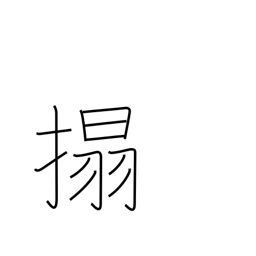
Meaning: rub a copy of a stone inscription